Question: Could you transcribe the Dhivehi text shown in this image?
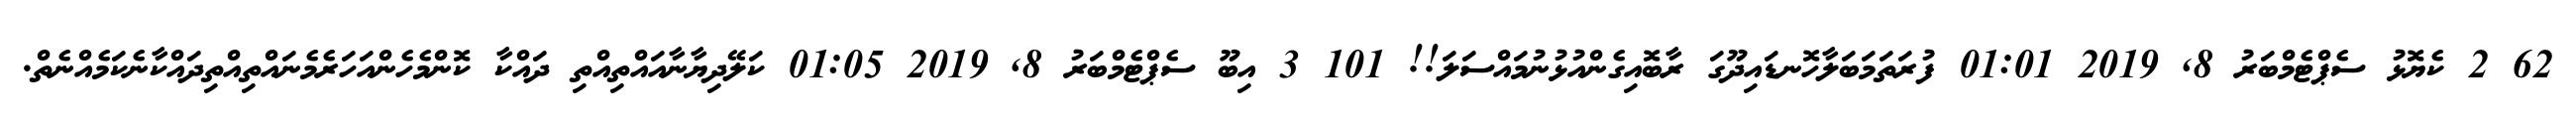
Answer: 62 2 ކެޔޮޅު ސެޕްޓެމްބަރު 8, 2019 01:01 ފުރަތަމަބަލާހޮނޑައިދޫގަ ރާބޮއިގެންއުޅުނުމައްސަލަ!! 101 3 އިބޫ ސެޕްޓެމްބަރު 8, 2019 01:05 ކަލޭދިޔާނާއައްތިއްތި ދައްކާ ކޮންމެހެންއަހަރެމެނައްތިއްތިދައްކާނެކަމެއްނެތް.